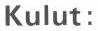
Kulut: